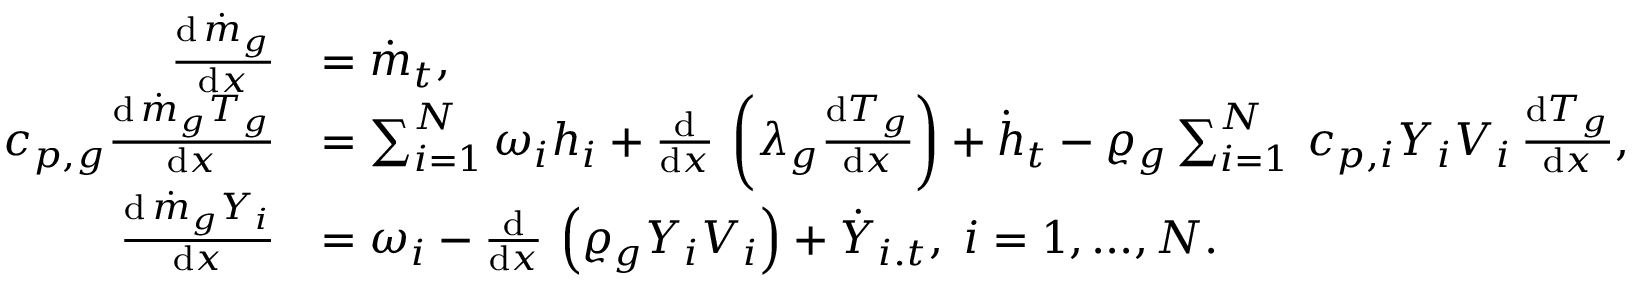
\begin{array} { r l } { \frac { \mathrm { d } \, \dot { m } _ { g } } { \mathrm { d } x } } & { = \dot { m } _ { t } , } \\ { c _ { p , g } \frac { \mathrm { d } \, \dot { m } _ { g } T _ { g } } { \mathrm { d } x } } & { = \sum _ { i = 1 } ^ { N } \omega _ { i } h _ { i } + \frac { \mathrm { d } } { \mathrm { d } x } \, \left( \lambda _ { g } \frac { \mathrm { d } T _ { g } } { \mathrm { d } x } \right) + \dot { h } _ { t } - \varrho _ { g } \sum _ { i = 1 } ^ { N } \, c _ { p , i } Y _ { i } V _ { i } \, \frac { \mathrm { d } T _ { g } } { \mathrm { d } x } , } \\ { \frac { \mathrm { d } \, \dot { m } _ { g } Y _ { i } } { \mathrm { d } x } } & { = \omega _ { i } - \frac { \mathrm { d } } { \mathrm { d } x } \, \left( \varrho _ { g } Y _ { i } V _ { i } \right) + \dot { Y } _ { i . t } , \; i = 1 , . . . , N . } \end{array}